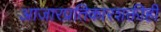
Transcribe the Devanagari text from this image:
आजारप्रतिकारशक्तीही